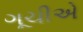
ગૂચીએ